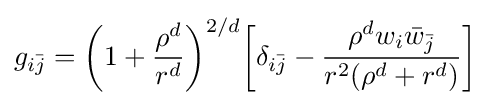
g_{i{\bar {j}}}={\bigg (}1+{\frac {\rho ^{d}}{r^{d}}}{\bigg )}^{2/d}{\bigg [}\delta _{i{\bar {j}}}-{\frac {\rho ^{d}w_{i}{\bar {w}}_{\bar {j}}}{r^{2}(\rho ^{d}+r^{d})}}{\bigg ]}